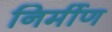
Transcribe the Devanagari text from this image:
निर्मीण